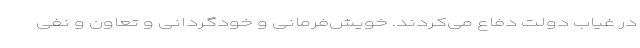
در غیاب دولت دفاع می‌کردند. خویش‌فرمانی و خودگردانی و تعاون و نفی